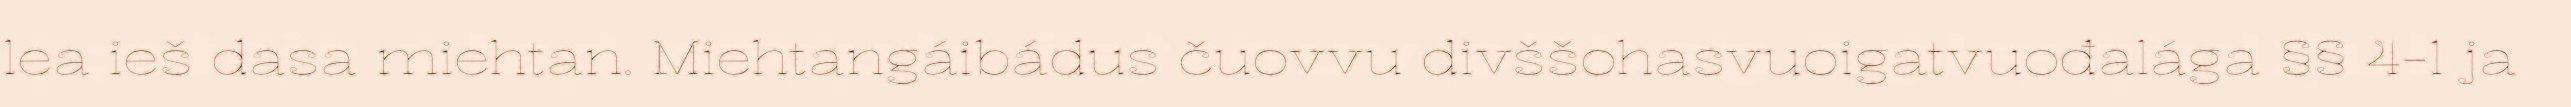
lea ieš dasa miehtan. Miehtangáibádus čuovvu divššohasvuoigatvuođalága §§ 4-1 ja